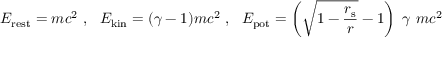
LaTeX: E _ { \mathrm { { r e s t } } } = m c ^ { 2 } \ , \ \ E _ { \mathrm { { k i n } } } = ( \gamma - 1 ) m c ^ { 2 } \ , \ \ E _ { \mathrm { { p o t } } } = \left( { \sqrt { 1 - { \frac { r _ { \mathrm { { s } } } } { r } } } } - 1 \right) \ \gamma \ m c ^ { 2 }